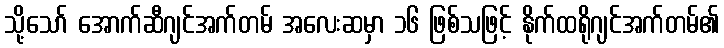
သို့သော် အောက်ဆီဂျင်အက်တမ် အလေးဆမှာ ၁၆ ဖြစ်သဖြင့် နိုက်ထရိုဂျင်အက်တမ်၏